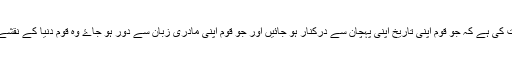
آج ضرورت اس بات کی ہے کہ جو قوم اپنی تاریخ اپنی پہچان سے درکنار ہو جائیں اور جو قوم اپنی مادری زبان سے دور ہو جاۓ وہ قوم دنیا کے نقشے سے مِٹ جاتی ہیں۔